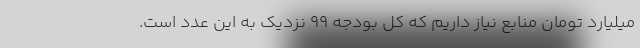
میلیارد تومان منابع نیاز داریم که کل بودجه ۹۹ نزدیک به این عدد است.